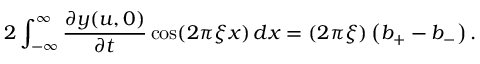
2 \int _ { - \infty } ^ { \infty } { \frac { \partial y ( u , 0 ) } { \partial t } } \cos ( 2 \pi \xi x ) \, d x = ( 2 \pi \xi ) \left( b _ { + } - b _ { - } \right) .